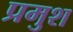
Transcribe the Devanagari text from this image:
प्रमुश